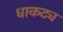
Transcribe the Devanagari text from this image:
धाकट्य